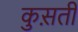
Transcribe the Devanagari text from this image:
कुस़ती